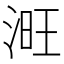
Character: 𣶪